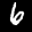
Label: 6